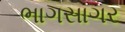
ભાગસાગર